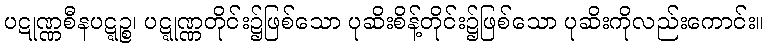
ပဋုဏ္ဏစီနပဋ္ဋဉ္စ၊ ပဋ္ဋုဏ္ဏတိုင်း၌ဖြစ်သော ပုဆိးစိန့်တိုင်း၌ဖြစ်သော ပုဆိးကိုလည်းကောင်း။